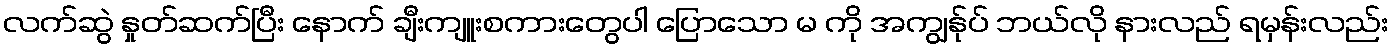
လက်ဆွဲ နှုတ်ဆက်ပြီး နောက် ချီးကျူးစကားတွေပါ ပြောသော မ ကို အကျွန်ုပ် ဘယ်လို နားလည် ရမှန်းလည်း